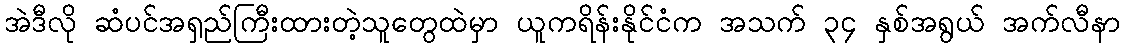
အဲဒီလို ဆံပင်အရှည်ကြီးထားတဲ့သူတွေထဲမှာ ယူကရိန်းနိုင်ငံက အသက် ၃၄ နှစ်အရွယ် အက်လီနာ